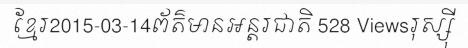
ខ្មែរ2015-03-14ព័ត៌មានអន្តរជាតិ 528 Viewsរុស្ស៊ី